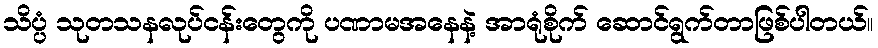
သိပ္ပံ သုတသနလုပ်ငန်းတွေကို ပဏာမအနေနဲ့ အာရုံစိုက် ဆောင်ရွက်တာဖြစ်ပါတယ်။